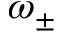
\omega _ { \pm }